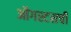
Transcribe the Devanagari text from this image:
ऑगस्टसची